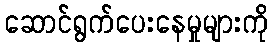
ဆောင်ရွက်ပေးနေမှုများကို